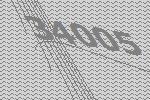
34005